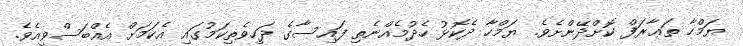
ޔަމްހާ ތަޢާރަފް ކޮށްދޭންށެވެ. ޔަމްހާ ދެކޮޅު ހެދުމެއްނެތި ފައިސާގެ ދަހިވެތިކަމުގައި އެކަމަށް އެއްބަސްވީއެވެ.